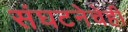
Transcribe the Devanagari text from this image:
संघटनेचेही